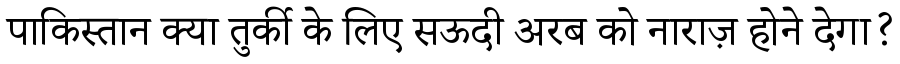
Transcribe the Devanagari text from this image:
पाकिस्तान क्या तुर्की के लिए सऊदी अरब को नाराज़ होने देगा?